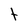
Character: t